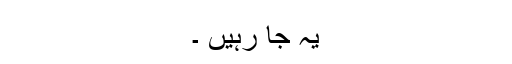
یہ جا رہیں ۔